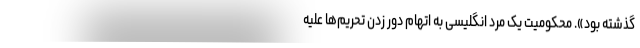
گذشته بود». محکومیت یک مرد انگلیسی به اتهام دور زدن تحریم‌ها علیه